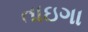
તાઇગા